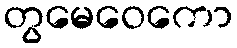
တွမေဝေကော